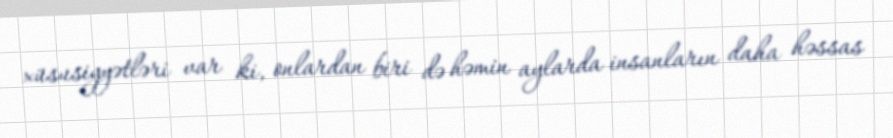
xüsusiyyətləri var ki, onlardan biri də həmin aylarda insanların daha həssas